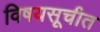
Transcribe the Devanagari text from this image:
विषयसूचीत